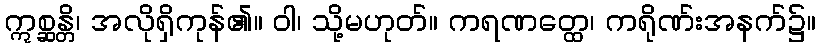
ဣစ္ဆန္တိ၊ အလိုရှိကုန်၏။ ဝါ၊ သို့မဟုတ်။ ကရဏတ္ထေ၊ ကရိုဏ်းအနက်၌။